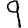
Digit: 9